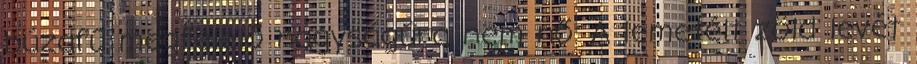
búzafű megfelelő nagyságúra nem nő. A lemetélt zöld levét